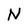
Character: N